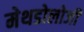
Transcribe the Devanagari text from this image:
मेथडोलोजी